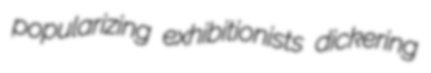
popularizing exhibitionists dickering